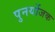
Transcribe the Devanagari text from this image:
पुनर्योजक